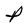
Character: P